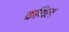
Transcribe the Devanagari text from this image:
कथिल